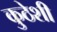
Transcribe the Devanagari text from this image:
कुठेशी